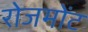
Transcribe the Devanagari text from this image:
रोजमोंट